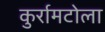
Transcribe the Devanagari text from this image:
कुर्रामटोला